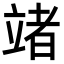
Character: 𥪤